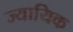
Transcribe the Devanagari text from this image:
ज्यायिक